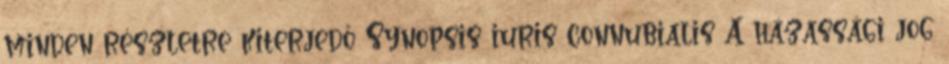
minden részletre kiterjedő Synopsis iuris connubialis A házassági jog